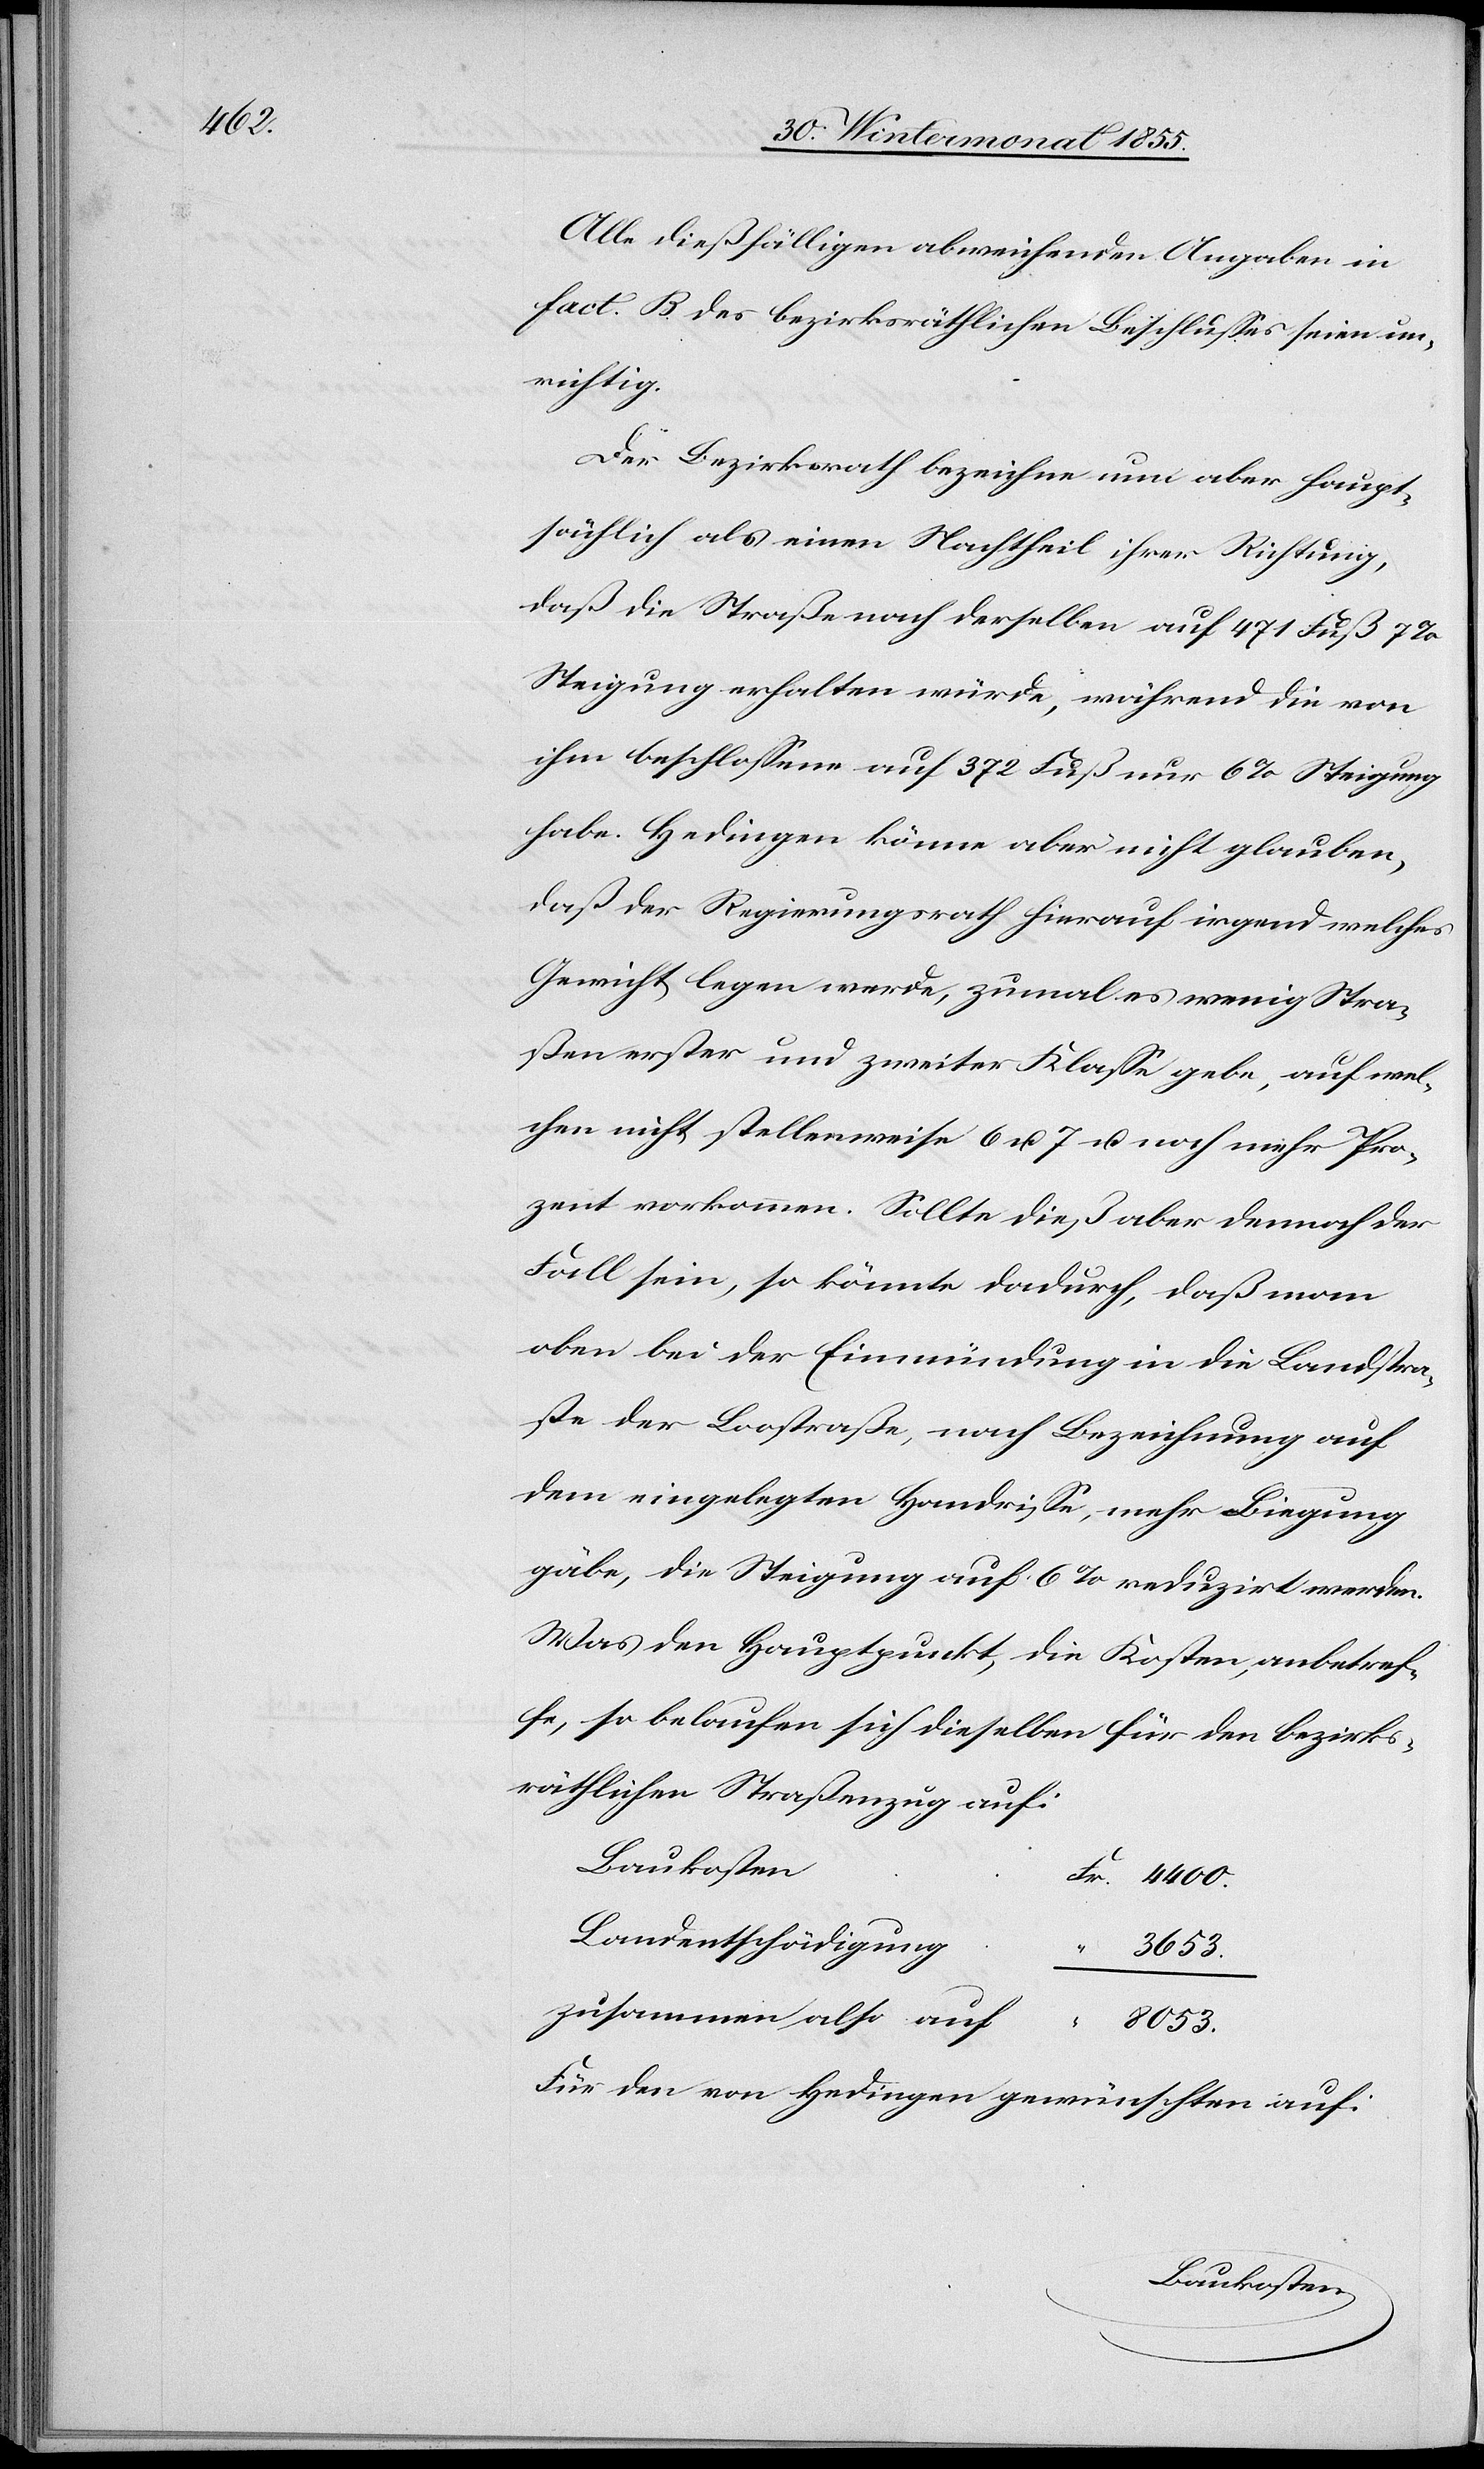
Alle dießfälligen abweichenden Angaben in
Fact. B des bezirksräthlichen Beschlusses seien un¬
richtig.
Der Bezirksrath bezeichne nun aber haupt¬
sächlich als einen Nachtheil ihrer Richtung,
daß die Straße nach derselben auf 471 Fuß 7%
Steigung erhalten würde, während die von
ihm beschlossene auf 372 Fuß nur 6% Steigung
habe. Hedingen könne aber nicht glauben,
daß der Regierungsrath hierauf irgend welches
Gewicht legen werde, zumal es wenig Stra¬
ßen erster und zweiter Klasse gebe, auf wel¬
chen nicht stellenweise 6 u. 7 u. noch mehr Pro¬
zent vorkommen. Sollte dieß aber dennoch der
Fall sein, so könnte dadurch, daß man
oben bei der Einmündung in die Landstra¬
ße der Loostraße, nach Bezeichnung auf
dem eingelegten Handrisse, mehr Biegung
gäbe, die Steigung auf 6% reduzirt werden.
Was den Hauptpunkt, die Kosten, anbetref¬
fe, so belaufen sich dieselben für den bezirks¬
räthlichen Straßenzug auf:
Baukosten
Fr. 4400.
Landentschädigung
“
3653.
zusammen also auf
“
8053.
Für den von Hedingen gewünschten auf: